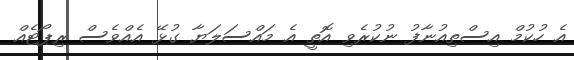
އެ ހުކުމް އިސްތިއުނާފު ނުކުރެވި އޮތީ އެ މައްސަލަޔާ ގުޅޭ އެއްވެސް ރިޕޯޓެއް